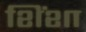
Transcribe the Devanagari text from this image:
शिंशा